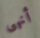
أنهى